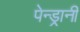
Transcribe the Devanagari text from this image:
पेन्ड्रानी